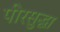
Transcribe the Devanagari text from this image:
पीरसुद्धा